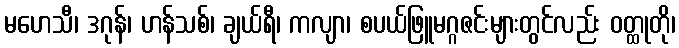
မဟေသီ၊ ဒဂုန်၊ ဟန်သစ်၊ ချယ်ရီ၊ ကလျာ၊ စပယ်ဖြူမဂ္ဂဇင်းများတွင်လည်း ဝတ္ထုတို၊